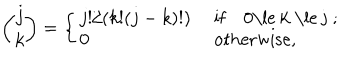
{ \binom { j } { k } } = \left\{ \left\{ \begin{cases} { { j ! / ( k ! ( j - k ) ! ) } } & { { i f 0 \le k \le j ; } } \\ { { 0 } } & { { o t h e r w i s e , } } \\ \end{cases} \right. \right.